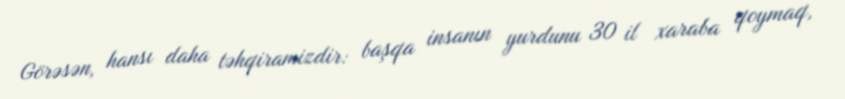
Görəsən, hansı daha təhqiramizdir: başqa insanın yurdunu 30 il xaraba qoymaq,